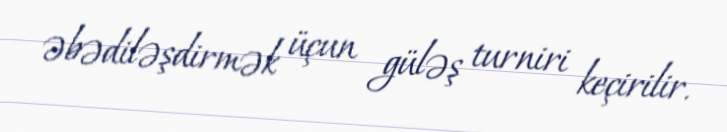
əbədiləşdirmək üçun güləş turniri keçirilir.